Report on malaria in the Punjab during the year ...  together with an account of the work of the Punjab Malaria Bureau - Volume 3
Disease focus: Malaria
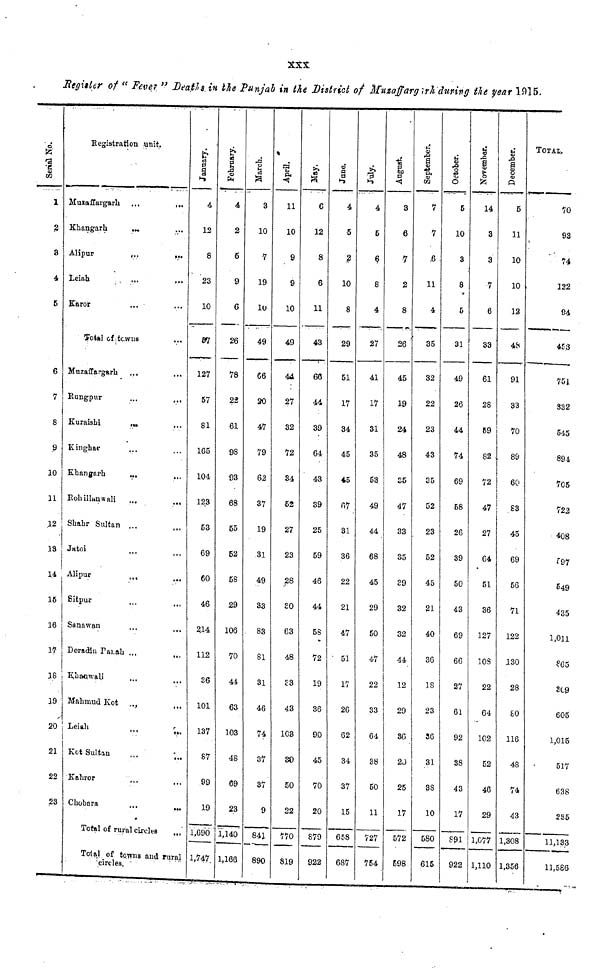
XXX
Register of "Fever " Death in the Punjab in the District of Mutaffargirh during the year 1915.
Serial No.
1 M
2
3 A
4 L
5
6
7
8
9 1
10
11
12
13
14
16
16
17
18
19
Registration unit.
Muzaffargarli ...
...
Khangarh ... ...
Alipur
...
...
Leiah
...
...
Karor ... ...
Total of towns
Muzaffargarh ... ...
Rungpur
...
...
Kuraishi ... ...
Kinghar ... ...
Khangarh
... ...
Rohillanwali
...
...
Shahr Sultan ... ...
Jatoi ... ...
Alipur
...
...
Sitpur ... ...
Sanawan ... ...
Deradin Palah ... ...
Khanwali ... ...
Mahmud Kot ... ...
20 Leiah ... ...
21
22
23
Kot Sultan
Kahror ... ...
Chobara
... ...
Total of rural circles
Total of towns and rural
circles.
January.
4
12
8
23
10
87
127
57
81
165
104
123
53
69
60
46
2,14
112
36
101
137
87
99
19
1,690
1,747
February.
4
2
6
9
6
26
78
22
61
9S
93
68
55
52
58
29
106
70
44
63
103
48
69
23
1,140
1,166
March.
3
10
7
19
lu
49
66
20
47
79
62
37
19
31
49
33
83
81
31
46
74
37
37
9
841
890
April.
11
10
9
9
10
49
44
27
32
72
34
52
27
23
28
so
63
48
33
43
103
30
50
22
770
819
May.
C
12
8
6
11
43
66
44
39
64
43
39
25
59
46
44
58
72
19
36
90
45
70
20
879
922
June.
4
5
2
10
8
29
51
17
34
45
45
67
31
36
22
21
47
51
17
26
62
34
37
15
658
687
July.
4
5
6
8
4
27
41
17
31
35
53
49
44
68
45
29
50
47
22
33
64
38
50
11
727
754
Augest.
3
6
7
2
8
26
45
19
24
48
35
47
33
35
S9
32
32
44
12
29
36
20
25
17
572
598
September.
7
7
6
11
4
35
32
22
23
43
35
52
23
52
45
21
40
36
18
23
36
31
38
10
580
615
October.
5
10
3
8
5
31
49
26
44
74
69
58
26
39
50
43
69
66
27
61
92
38
43
17
891
922
November.
14
3
3
7
6
33
61
28
59
82
72
47
27
64
51
36
127
108
22
64
102
52
46
29
1,077
1,110
December.
5
11
10
10
12
48
91
33
70
89
60
83
45
69
56
71
122
130
28
80
116
48
74
43
1,308
1,356
TOTAL
70
93
74
122
94
453
751
332
545
894
705
722
408
197
549
435
1,011
865
369
605
1,015
517
638
235
11,133
11,586